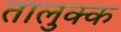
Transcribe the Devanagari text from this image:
तालुक्क